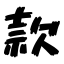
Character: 款